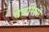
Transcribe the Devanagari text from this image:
वेबसिस